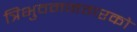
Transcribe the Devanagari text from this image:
त्रिभुवननगरको